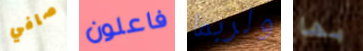
صافي فاعلون ولربما بها